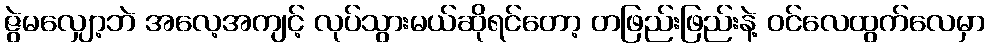
ဇွဲမလျှော့ဘဲ အလေ့အကျင့် လုပ်သွားမယ်ဆိုရင်တော့ တဖြည်းဖြည်းနဲ့ ဝင်လေထွက်လေမှာ